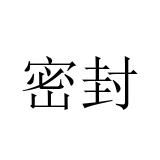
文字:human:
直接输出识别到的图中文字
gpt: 密封